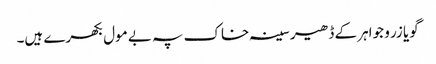
گویا زر و جواہر کے ڈھیر سینہ خاک پہ بے مول بکھرے ہیں۔